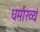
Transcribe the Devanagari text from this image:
धर्माख्यं